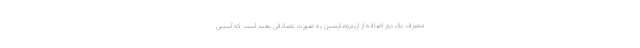
مصرف یک دوز اضافه از اریترومایسین به صورت تصادفی بعید است که آسیبی